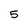
Character: 5